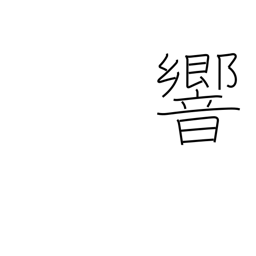
Meaning: vibrate